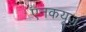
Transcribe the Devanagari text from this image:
एनकयूज़